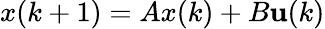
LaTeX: x(k+1)=Ax(k)+B\mathbf{u}(k)